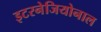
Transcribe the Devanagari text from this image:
इटरनेजियोनाल